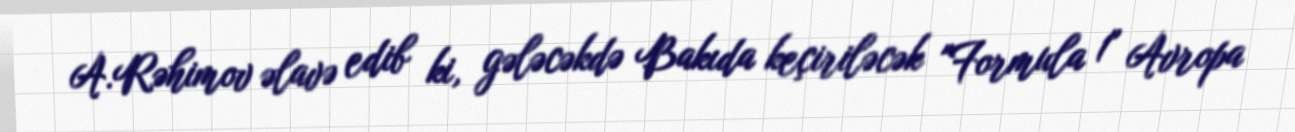
A.Rəhimov əlavə edib ki, gələcəkdə Bakıda keçiriləcək "Formula 1" Avropa